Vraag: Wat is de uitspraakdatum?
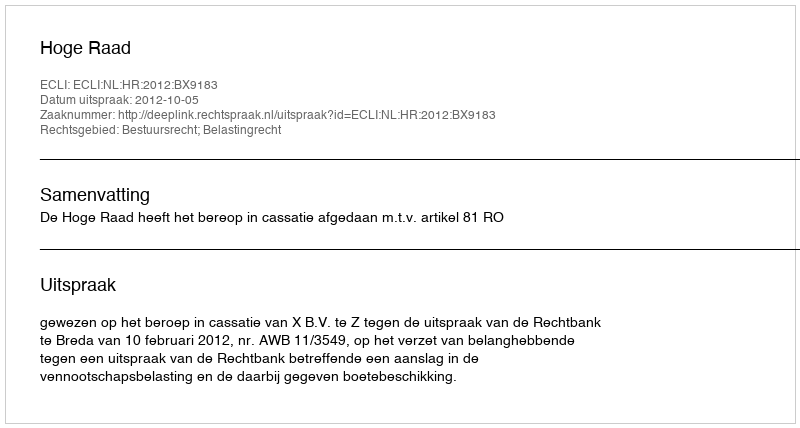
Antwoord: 2012-10-05